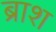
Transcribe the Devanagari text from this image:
ब्राश